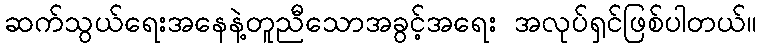
ဆက်သွယ်ရေးအနေနဲ့တူညီသောအခွင့်အရေး အလုပ်ရှင်ဖြစ်ပါတယ်။